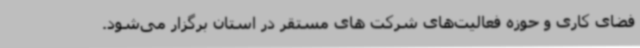
فضای کاری و حوزه فعالیت‌های شرکت های مستقر در استان برگزار می‌شود.